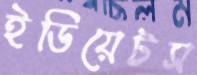
ইডিয়েটস